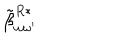
LaTeX: \: \tilde { \beta } _ { \omega \omega ^ { \prime } } ^ { R * } \: